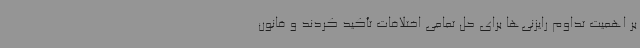
بر اهمیت تداوم رایزنی‌ها برای حل تمامی اختلافات تأکید کردند و قانون